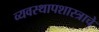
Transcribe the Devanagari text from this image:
व्यवस्थापशास्त्राचे